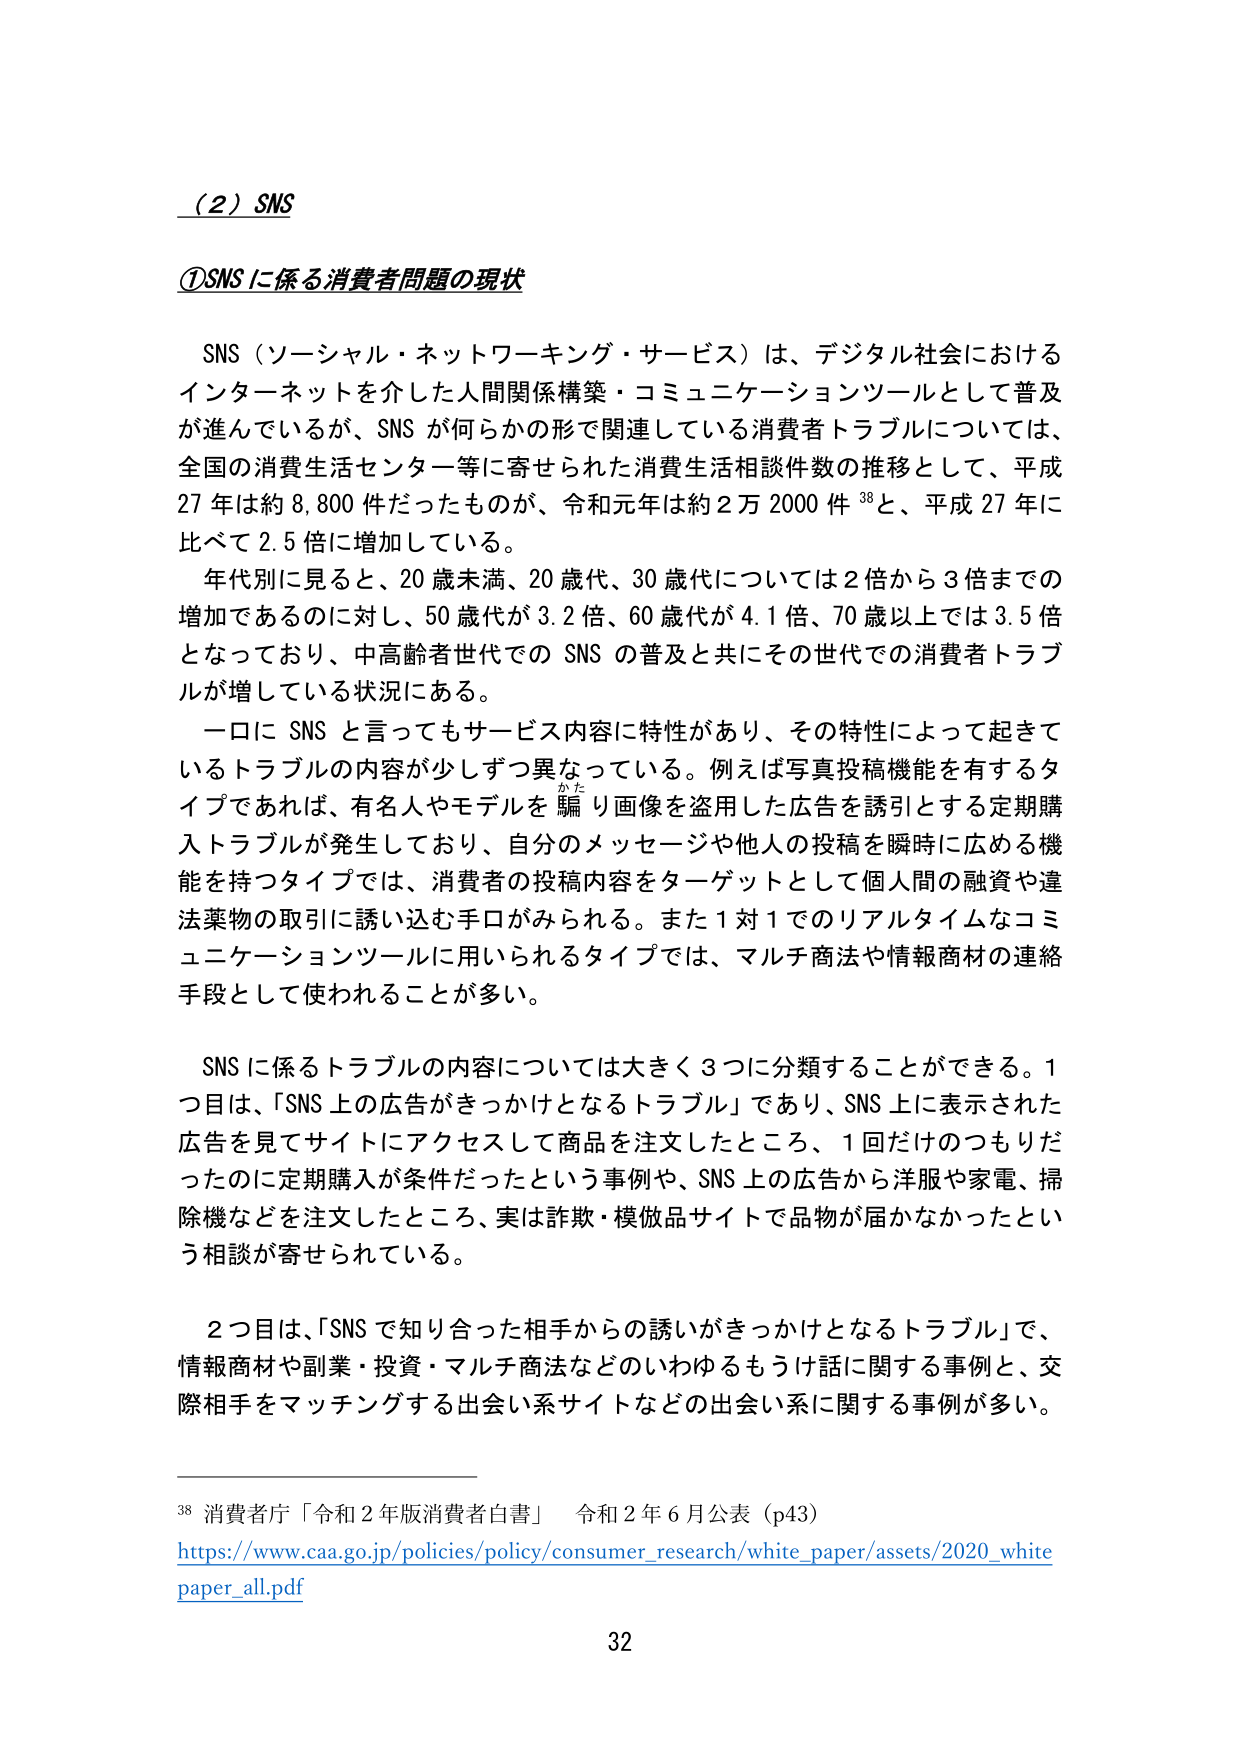
（２）SNS

①SNSに係る消費者問題の現状

SNS（ソーシャル・ネットワーキング・サービス）は、デジタル社会におけるインターネットを介した人間関係構築・コミュニケーションツールとして普及が進んでいるが、SNSが何らかの形で関連している消費者トラブルについては、全国の消費生活センター等に寄せられた消費生活相談件数の推移として、平成27年は約8,800件だったものが、令和元年は約2万2000件³⁸と、平成27年に比べて2.5倍に増加している。

年代別に見ると、20歳未満、20歳代、30歳代については2倍から3倍までの増加であるのに対し、50歳代が3.2倍、60歳代が4.1倍、70歳以上では3.5倍となっており、中高齢者世代でのSNSの普及と共にその世代での消費者トラブルが増している状況にある。

一口にSNSと言ってもサービス内容に特性があり、その特性によって起きているトラブルの内容が少しずつ異なっている。例えば写真投稿機能を有するタイプであれば、有名人やモデルを騙り画像を盗用した広告を誘引とする定期購入トラブルが発生しており、自分のメッセージや他人の投稿を瞬時に広める機能を持つタイプでは、消費者の投稿内容をターゲットとして個人間の融資や違法薬物の取引に誘い込む手口がみられる。また1対1でのリアルタイムなコミュニケーションツールに用いられるタイプでは、マルチ商法や情報商材の連絡手段として使われることが多い。

SNSに係るトラブルの内容については大きく3つに分類することができる。1つ目は、「SNS上の広告がきっかけとなるトラブル」であり、SNS上に表示された広告を見てサイトにアクセスして商品を注文したところ、1回だけのつもりだったのに定期購入が条件だったという事例や、SNS上の広告から洋服や家電、掃除機などを注文したところ、実は詐欺・模倣品サイトで品物が届かなかったという相談が寄せられている。

2つ目は、「SNSで知り合った相手からの誘いがきっかけとなるトラブル」で、情報商材や副業・投資・マルチ商法などのいわゆるもうけ話に関する事例と、交際相手をマッチングする出会い系サイトなどの出会い系に関する事例が多い。

³⁸ 消費者庁「令和2年版消費者白書」 令和2年6月公表（p43）
https://www.caa.go.jp/policies/policy/consumer_research/white_paper/assets/2020_white_paper_all.pdf

32